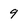
Character: 9